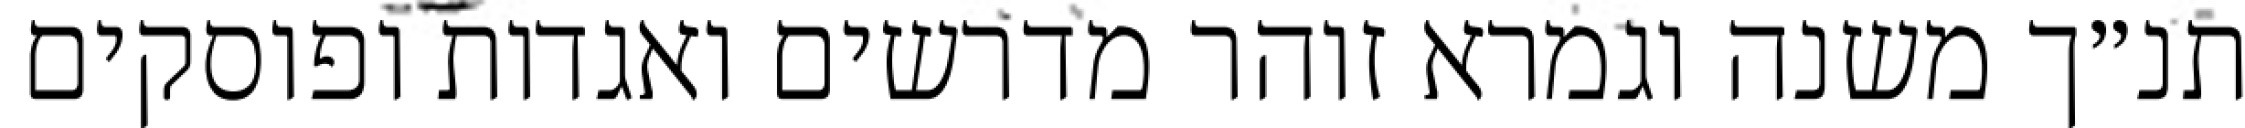
תנ״ך משנה וגמרא זוהר מדרשים ואגדות ופוסקים